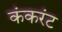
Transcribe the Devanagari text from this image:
कंकरंट